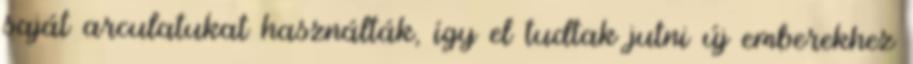
saját arculatukat használták, így el tudtak jutni új emberekhez